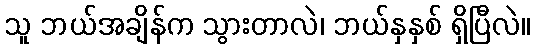
သူ ဘယ်အချိန်က သွားတာလဲ၊ ဘယ်နှနှစ် ရှိပြီလဲ။